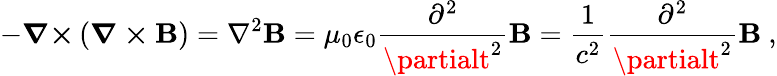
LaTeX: -{\boldsymbol{\nabla\times}}\left({\boldsymbol{\nabla\times\mathbf{B}}}\right)=\nabla^{2}{\boldsymbol{\mathbf{B}}}=\mu_{0}\epsilon_{0}{\frac{{\partial^{2}}}{{\partialt^{2}}}}{\boldsymbol{\mathbf{B}}}={\frac{{1}}{{c^{2}}}}{\frac{{\partial^{2}}}{{\partialt^{2}}}}{\boldsymbol{\mathbf{B}}}\ ,